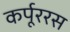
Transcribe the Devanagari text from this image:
कर्पूररस